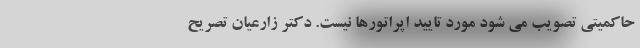
حاکمیتی تصویب می شود مورد تایید اپراتورها نیست. دکتر زارعیان تصریح